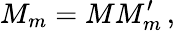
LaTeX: M_{m}=MM_{m}^{\prime}\, ,